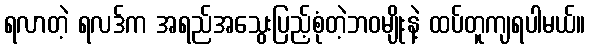
ရလာတဲ့ ရလဒ်က အရည်အသွေးပြည့်စုံတဲ့ဘဝမျိုးနဲ့ ထပ်တူကျရပါမယ်။